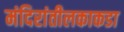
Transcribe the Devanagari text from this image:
मंदिरांतीलकाकडा